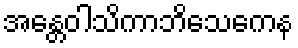
အန္တေဝါသိကာဘိသေကေန